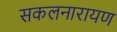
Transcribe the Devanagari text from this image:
सकलनारायण